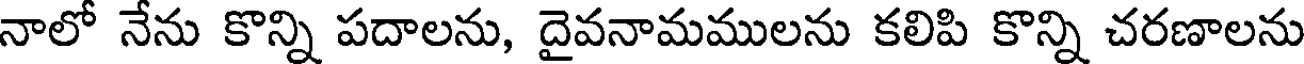
నాలో నేను కొన్ని పదాలను, దైవనామములను కలిపి కొన్ని చరణాలను